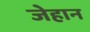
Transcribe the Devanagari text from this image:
जेहान